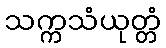
သက္ကသံယုတ္တံ